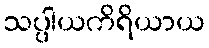
သပ္ပါယကိရိယာယ